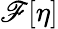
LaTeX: \mathscr{F}[\eta]